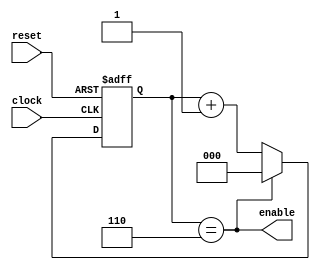
// A counter with seven states with a change in
// state each clock cycle
module SevenCounter(enable, clock, reset);
	input clock, reset;
	output enable;

	reg[2:0] count;

	always @(posedge clock or posedge reset) begin
		if (reset)
			count <= 'b000;
		else if (count == 'b110)
			count <= 'b000;
		else
			count <= count + 'b1;
	end

	assign enable = (count == 'b110);
endmodule